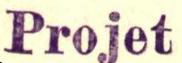
Projet